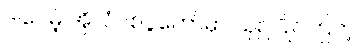
ဒါပေမဲ့ အိုလံပစ်ပွဲတော်မှာ ယှဉ်ပြိုင်ကြတဲ့